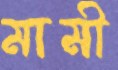
মামী